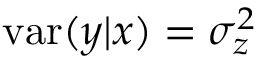
\mathrm { v a r } ( y | x ) = \sigma _ { z } ^ { 2 }